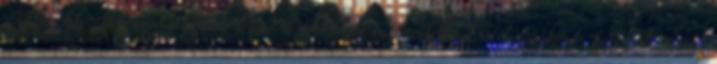
igyekeztek csúszásmentesebbé tenni a bakancs talpszéleit. Érdekességként: futottak ezek